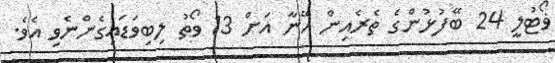
ޥޯޓުލީ 24 ބޭފުޅުންގެ ތެރެެއިން އޭނާ އަށް 13 ވޯތު ލިބިވަޑައިގެންނެވި އެވެ.